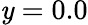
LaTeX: \mathit{y}=0.0